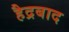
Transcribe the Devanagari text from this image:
हैद्रबाद